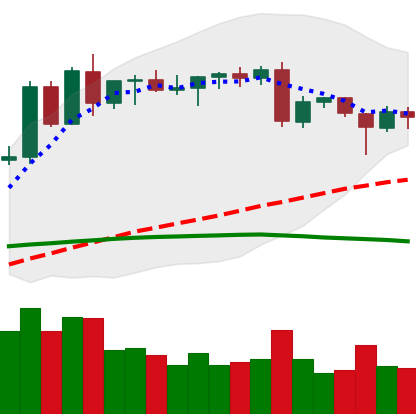
Ticker: ETH-USD
Chart end date: 2020-06-17
Forward return: 4.079%
Label: up_3_5